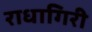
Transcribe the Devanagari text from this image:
राधागिरी